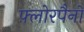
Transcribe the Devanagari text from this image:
फ़्लोरपैनों